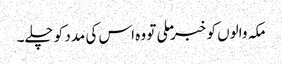
مکہ والوں کو خبر ملی تو وہ اس کی مدد کو چلے۔